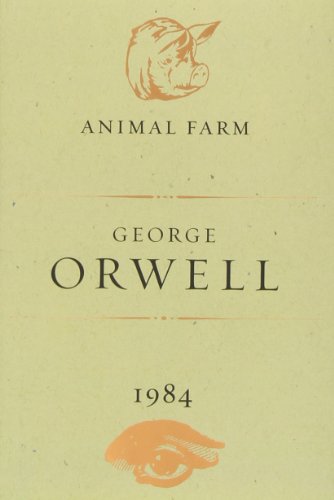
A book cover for Animal Farm and 1984; George Orwell; Science Fiction & Fantasy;